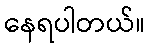
နေရပါတယ်။